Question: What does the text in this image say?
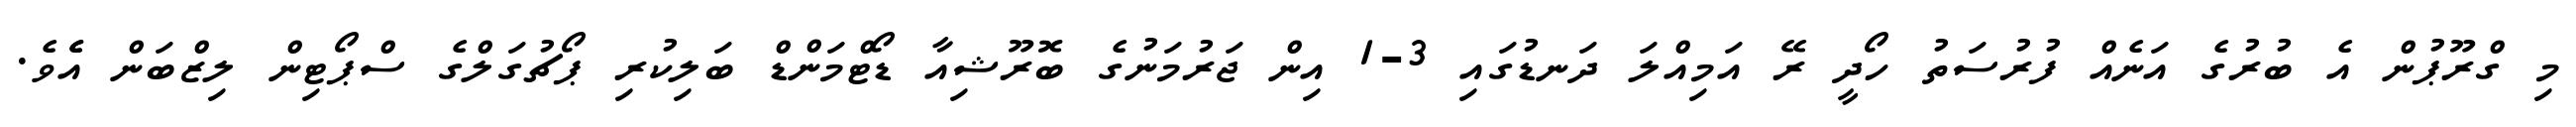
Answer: މި ގްރޫޕުން އެ ބުރުގެ އަނެއް ފުރުސަތު ހޯދީ ރޭ އަމިއްލަ ދަނޑުގައި 3-1 އިން ޖަރުމަނުގެ ބޮރޫޝިއާ ޑޯޓްމަންޑް ބަލިކުރި ޕޯޗުގަލްގެ ސްޕޯޓިން ލިޒްބަން އެެވެ.